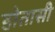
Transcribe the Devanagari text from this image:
होतासी